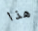
هذا